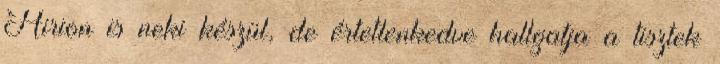
Hirion is neki készül, de értetlenkedve hallgatja a tisztek